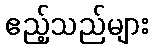
ဧည့်သည်များ